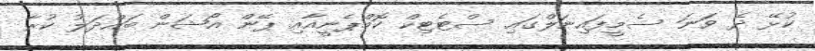
ކުޅޭ ދެ ވަނަ ސެމީފައިނަލްގައި ސްޓެޓިކް ކޮމްޕެނީއާއި ޕޭން އޯޝަން ބައްދަލު ކުރާ